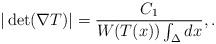
LaTeX: \begin{align*}|\det(\nabla T)| = \frac{C_1}{ W(T(x)) \int_{\Delta}dx }, .\end{align*}